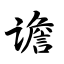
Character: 谵